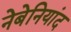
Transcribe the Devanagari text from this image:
नेबेनियांद